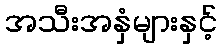
အသီးအနှံများနှင့်